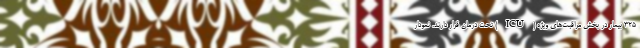
۳۲۵ بیمار در بخش مراقبت‌های ویژه (ICU) تحت درمان قرار دارند. نمودار